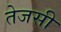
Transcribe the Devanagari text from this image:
तेजसी